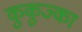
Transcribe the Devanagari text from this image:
कुकुज्का